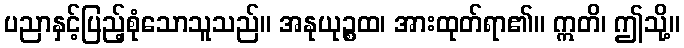
ပညာနှင့်ပြည့်စုံသောသူသည်။ အနုယုဉ္စထ၊ အားထုတ်ရာ၏။ ဣတိ၊ ဤသို့။